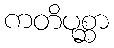
ကတိပုစ္ဆာ